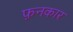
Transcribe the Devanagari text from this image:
फ़नकार